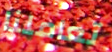
تعاملنا